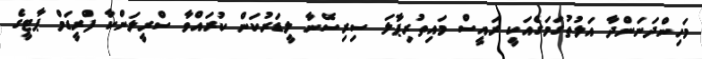
މަހިންދަނަންދާ އަލުތުގަމަގެއަކީ ރައީސް މައިތުރިޕާލަ ސިރިސޭނާ ލީޑަރުކަން ކުރައްވާ ސްރީލަންކާ ފްރީޑަމް ޕާޓީގެ